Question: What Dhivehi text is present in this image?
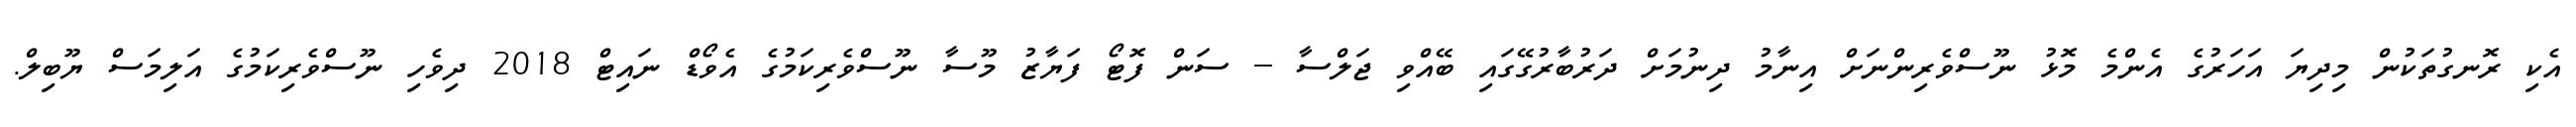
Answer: އެކި ރޮނގުތަކުން މިދިޔަ އަހަރުގެ އެންމެ މޮޅު ނޫސްވެރިންނަށް އިނާމު ދިނުމަށް ދަރުބާރުގޭގައި ބޭއްވި ޖަލްސާ -- ސަން ފޮޓޯ ފަޔާޒު މޫސާ ނޫސްވެރިކަމުގެ އެވޯޑް ނައިޓް 2018 ދިވެހި ނޫސްވެރިކަމުގެ އަލިމަސް ޔޫބިލް.